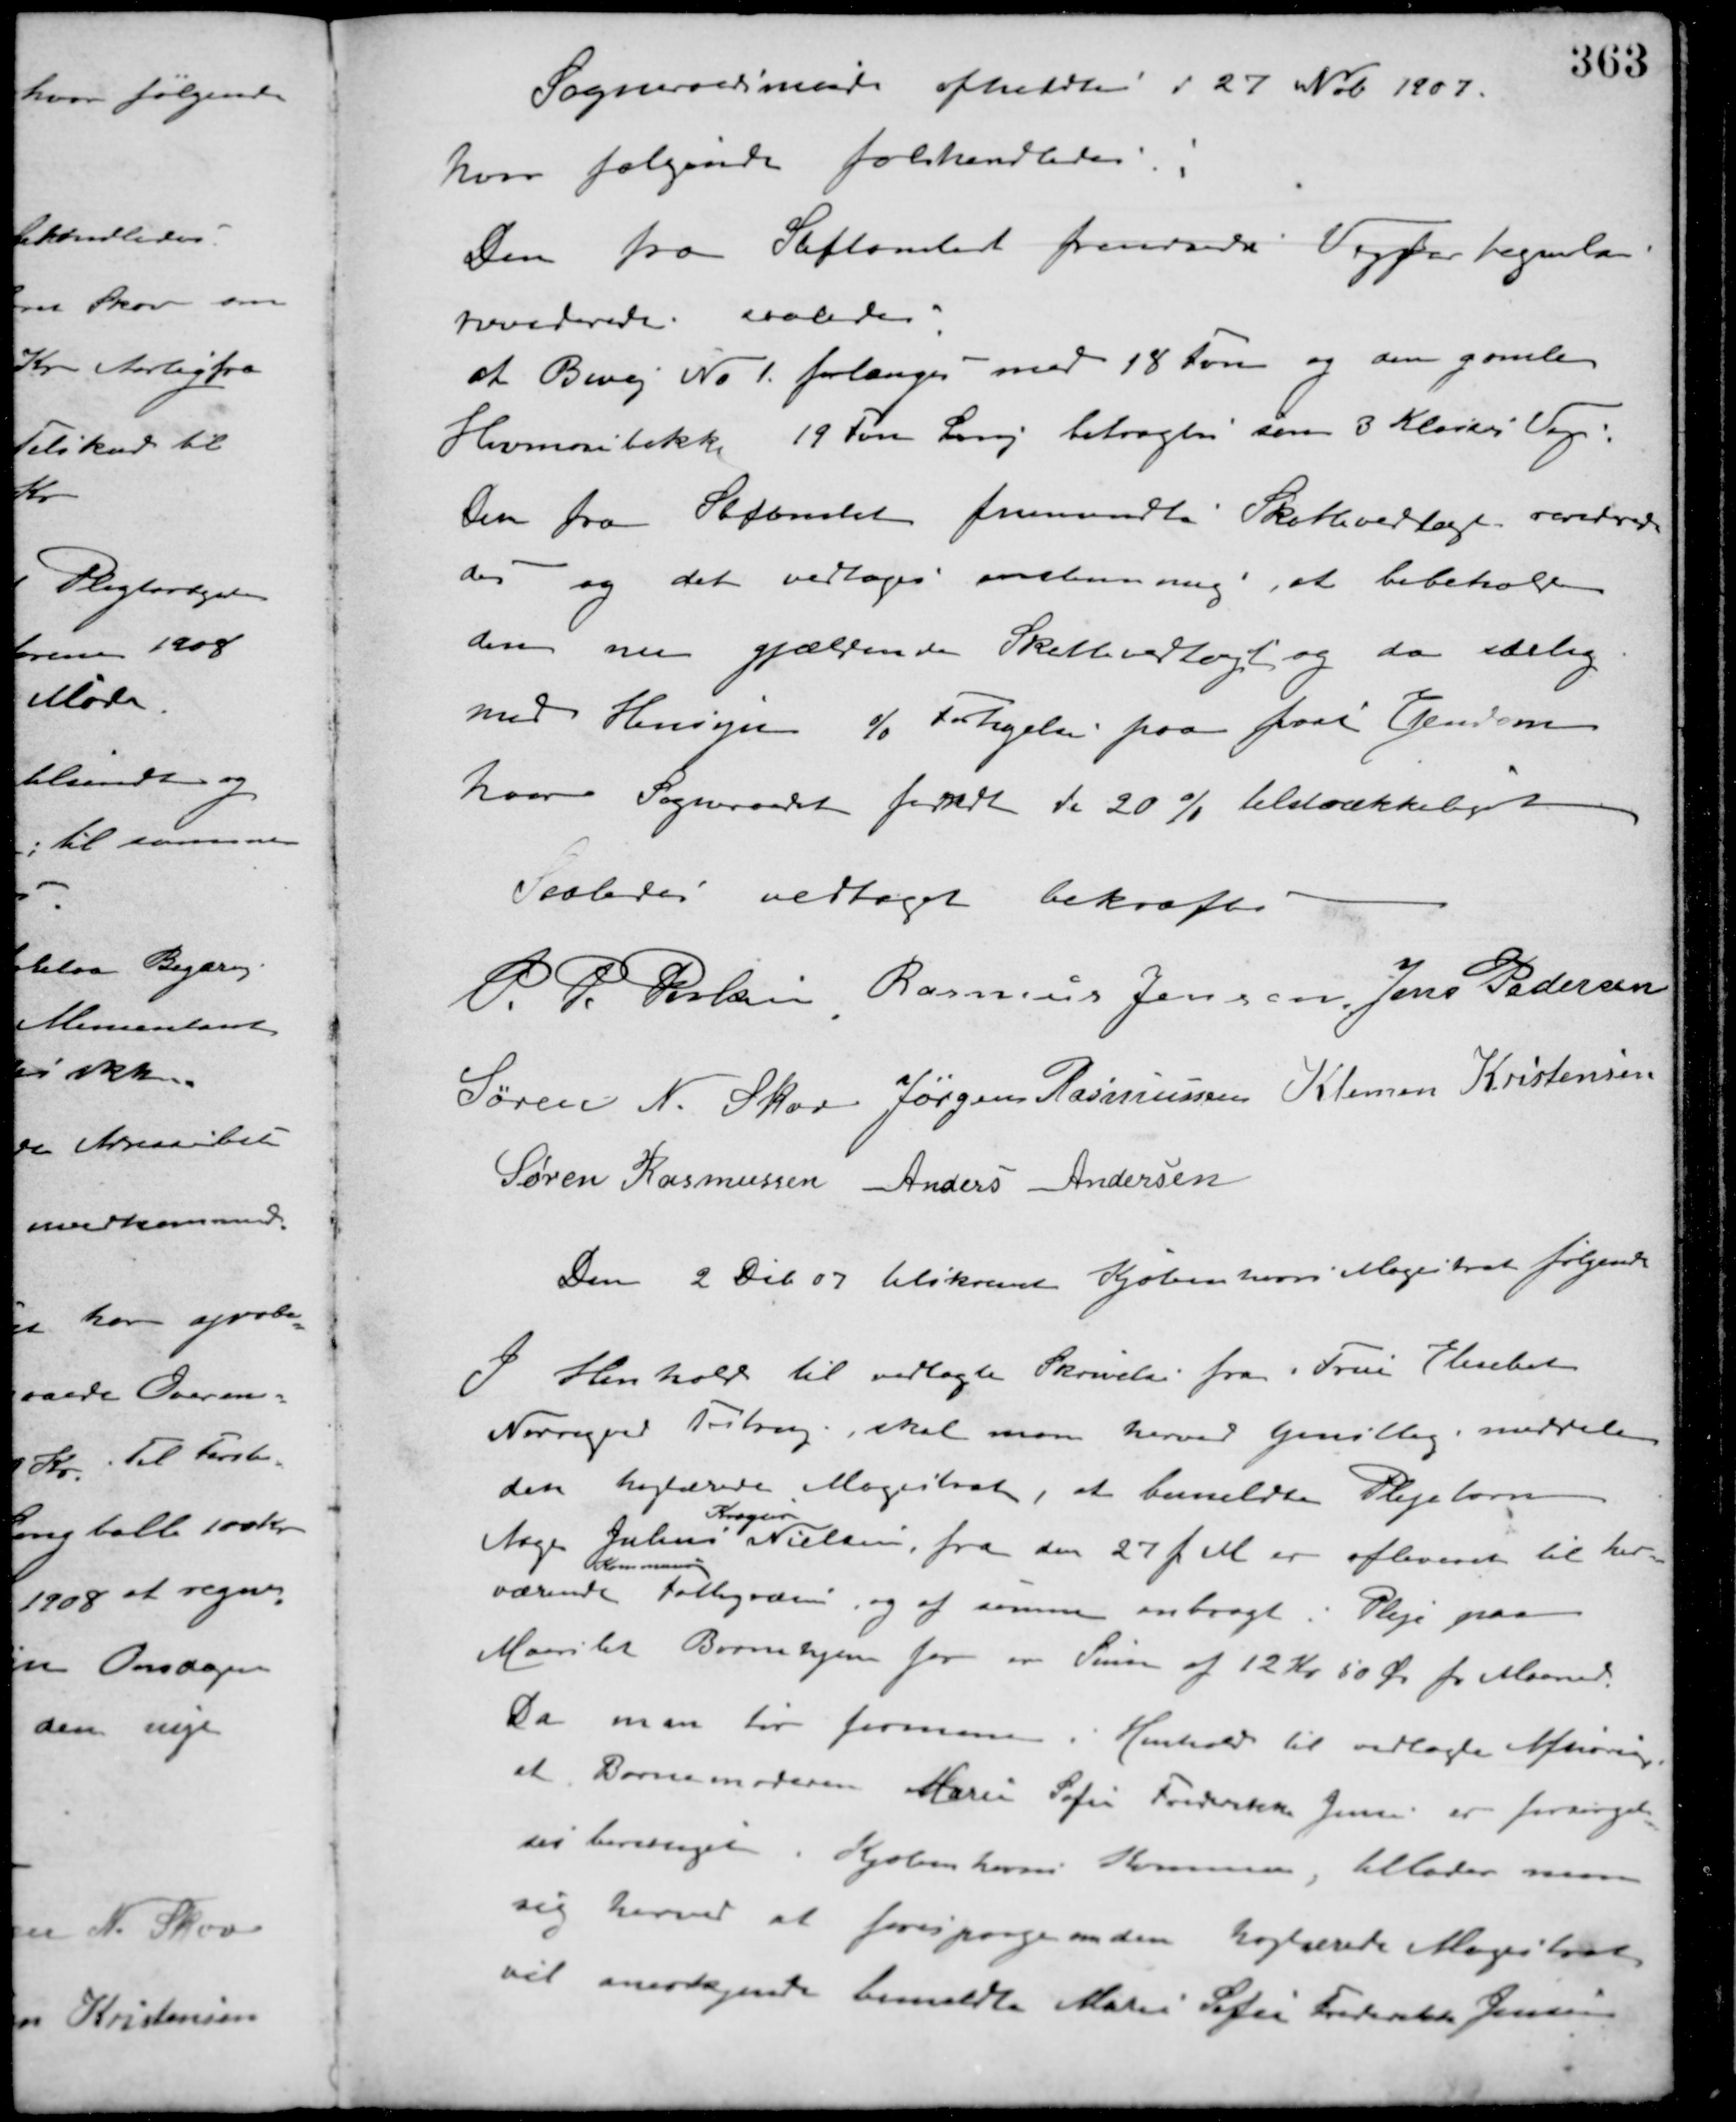
Transskription:
Sogneraadsmøde afholdtes d 27 Nob. 1907.
hvor følgende forhandledes:
Den fra Stiftamtet fremsendte Vejfortegnelse
revideredes saaledes.
at Bivej No 1 forlænges med 18 Favn og den gamle
Havmosebakke 19 Favn Lovej betragtes som 3 Klasses Vej.
Den fra Stiftamtet fremsendte Skattevedtægt vurdere-
des og det vedtoges enstemmig, at bibeholde
den nu gjældende Skattevedtægt og da særlig
med Hensyn % Forhøjelse paa fast Ejendom
hvor Sogneraadet fandt de 20 % tilstrækkeligt
Saaledes vedtaget bekræftes
P. P. Poulsen Rasmus Jensen Jens Pedersen
Søren N. Skov Jørgen Rasmussen Klemen Kristensen
Søren Rasmussen Anders Andersen
Den 2 Deb. 07 tilskrevet Kjøbenhavns Magistrat følgende
I Henhold til vedlagte Skrivelse fra Fru Elsebet
Nørgaard Testrup, skal man herved tjenstlig meddele
den højtærede Magistrat, at bemeldte Plejebarn
Aage Julius
Kragter
Nielsen, fra den 27 f. M. er afleveret til her-
værende
Kommunale
Fattigvæsen, og af samme anbragt i Pleje paa
Maarslet Børnehjem for en Sum af 12 Kr. 50 Øre pr. Maaned.
Da man tør formene i Henhold til vedlagte Afhøring,
at Barnemoderen Marie Sofie Frederiksen Jensen er forsørgel-
ses berettiget i Kjøbenhavns Kommune, tillader man
sig herved at forespørge om den højtærede Magistrat
vil anerkjende bemeldte Marie Sofie Frederiksen Jensen